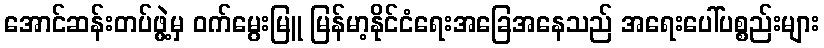
အောင်ဆန်းတပ်ဖွဲ့မှ ဝက်မွေးမြူ မြန်မာ့နိုင်ငံရေးအခြေအနေသည် အရေးပေါ်ပစ္စည်းများ